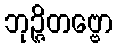
ဘုဉ္ဇိတဗ္ဗော